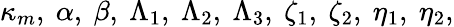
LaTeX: \kappa_{m},~\alpha,~\beta,~\Lambda_{1},~\Lambda_{2},~\Lambda_{3},~\zeta_{1},~\zeta_{2},~\eta_{1},~\eta_{2},